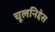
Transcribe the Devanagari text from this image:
चूलनिद्देस